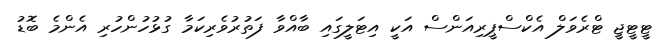
ޓީޓީޖީ ޓްރެވަލް އެކްސްޕީރިއަންސް އަކީ އިޓަލީގައި ބާއްވާ ފަތުރުވެރިކަމާ ގުޅުހުންހުރި އެންމެ ބޮޑު